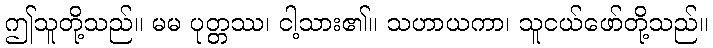
ဤသူတို့သည်။ မမ ပုတ္တဿ၊ ငါ့သား၏။ သဟာယကာ၊ သူငယ်ဖော်တို့သည်။